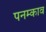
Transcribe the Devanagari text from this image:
पनम्काव